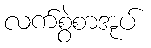
လက်စွဲစာအုပ်